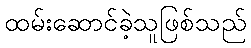
ထမ်းဆောင်ခဲ့သူဖြစ်သည်